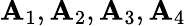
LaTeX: \mathbf{A}_{1},\mathbf{A}_{2},\mathbf{A}_{3},\mathbf{A}_{4}